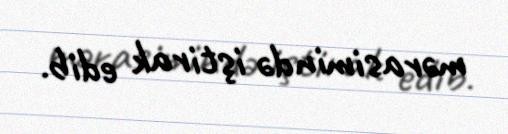
mərasimində iştirak edib.